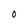
Character: 0